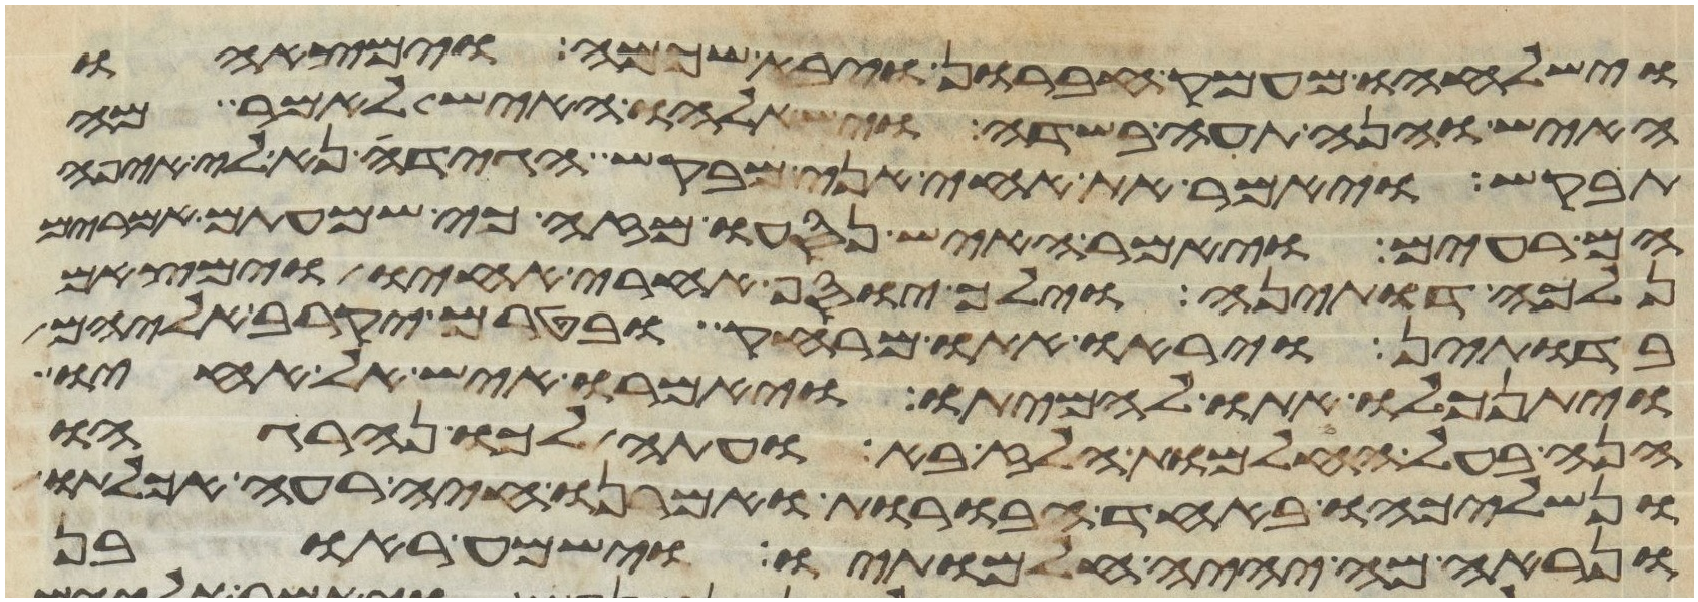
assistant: וישלחהו מעמק חברון ויבא שכמה וימצאהו
האיש והנה תעה בשדה וישאלהו האיש לאמר מה
תבקש ויאמר את אחי אני מבקש הגידה נא לי איפה
הם רעים ויאמר האיש נסעו מזה כי שמעתים אמרים
נלכה דותינה וילך יוסף אחרי אחיו וימצאם
בדותין ויראו אתו מרחק בטרם יקרב אליהם
ויתנכלו אתו להמיתו ויאמרו איש אל אחיו
הנה בעל החלמות הלז בא ועתה לכו ונהרגהו
ונשליכהו באחד הבורות ואמרנו חיה רעה אכלתו
ונראה מה יהיה חלמתיו וישמע ראובן